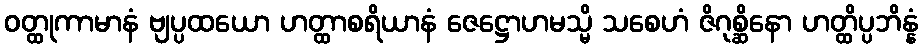
ဝတ္ထုကာမာနံ ဗျပ္ပထယော ဟတ္ထာစရိယာနံ ဇေဋ္ဌောဟမသ္မိ သစေဟံ ဇိဂုစ္ဆိနော ဟတ္ထိပ္ပဘိန္နံ